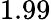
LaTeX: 1.99